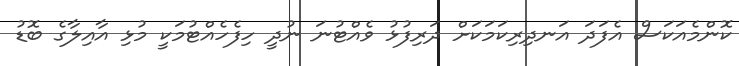
ކޮންމެއަކަސް އެފަދަ އަނދިރިކަމަކަށް ދަރިފުޅު ވެއްޓުނަ ނުދީ ހިފެހެއްޓުމަކީ މުޅި އާއިލާގެ ބޮޑު